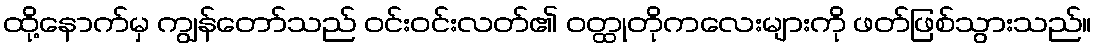
ထို့နောက်မှ ကျွန်တော်သည် ဝင်းဝင်းလတ်၏ ဝတ္ထုတိုကလေးများကို ဖတ်ဖြစ်သွားသည်။